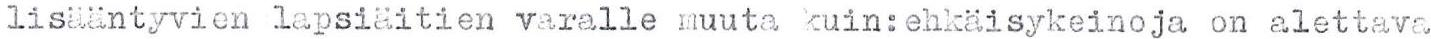
lisääntyvien lapsiäitien varalle muuta kuin:ehkäisykeinoja on alettava